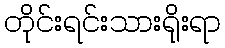
တိုင်းရင်းသားရိုးရာ